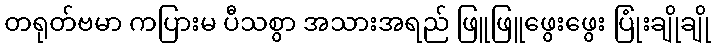
တရုတ်ဗမာ ကပြားမ ပီသစွာ အသားအရည် ဖြူဖြူဖွေးဖွေး ပြုံးချိုချို